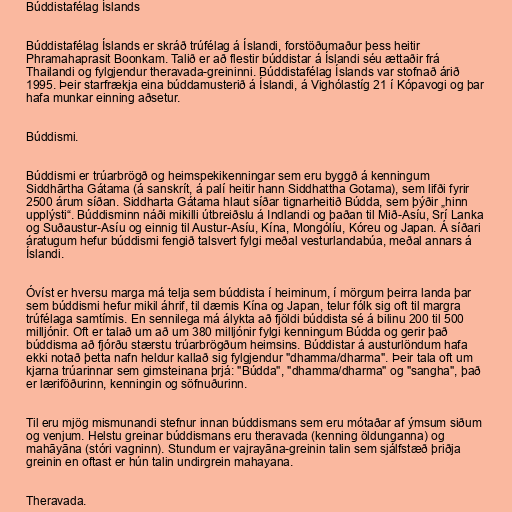
Búddistafélag Íslands

Búddistafélag Íslands er skráð trúfélag á Íslandi, forstöðumaður þess heitir
Phramahaprasit Boonkam. Talið er að flestir búddistar á Íslandi séu ættaðir frá
Thailandi og fylgjendur theravada-greininni. Búddistafélag Íslands var stofnað árið
1995. Þeir starfrækja eina búddamusterið á Íslandi, á Vighólastíg 21 í Kópavogi og þar
hafa munkar einning aðsetur.

Búddismi.

Búddismi er trúarbrögð og heimspekikenningar sem eru byggð á kenningum
Siddhārtha Gátama (á sanskrít, á palí heitir hann Siddhattha Gotama), sem lifði fyrir
2500 árum síðan. Siddharta Gátama hlaut síðar tignarheitið Búdda, sem þýðir „hinn
upplýsti“. Búddisminn náði mikilli útbreiðslu á Indlandi og þaðan til Mið-Asíu, Srí Lanka
og Suðaustur-Asíu og einnig til Austur-Asíu, Kína, Mongólíu, Kóreu og Japan. Á síðari
áratugum hefur búddismi fengið talsvert fylgi meðal vesturlandabúa, meðal annars á
Íslandi.

Óvíst er hversu marga má telja sem búddista í heiminum, í mörgum þeirra landa þar
sem búddismi hefur mikil áhrif, til dæmis Kína og Japan, telur fólk sig oft til margra
trúfélaga samtímis. En sennilega má álykta að fjöldi búddista sé á bilinu 200 til 500
milljónir. Oft er talað um að um 380 milljónir fylgi kenningum Búdda og gerir það
búddisma að fjórðu stærstu trúarbrögðum heimsins. Búddistar á austurlöndum hafa
ekki notað þetta nafn heldur kallað sig fylgjendur "dhamma/dharma". Þeir tala oft um
kjarna trúarinnar sem gimsteinana þrjá: "Búdda", "dhamma/dharma" og "sangha", það
er læriföðurinn, kenningin og söfnuðurinn.

Til eru mjög mismunandi stefnur innan búddismans sem eru mótaðar af ýmsum siðum
og venjum. Helstu greinar búddismans eru theravada (kenning öldunganna) og
mahāyāna (stóri vagninn). Stundum er vajrayāna-greinin talin sem sjálfstæð þriðja
greinin en oftast er hún talin undirgrein mahayana.

Theravada.